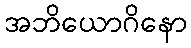
အဘိယောဂိနော